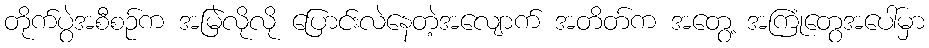
တိုက်ပွဲအစီစဉ်က အမြဲလိုလို ပြောင်းလဲနေတဲ့အလျောက် အတိတ်က အတွေ့ အကြုံတွေအပေါ်မှာ